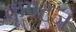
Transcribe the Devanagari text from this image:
कूण्टज